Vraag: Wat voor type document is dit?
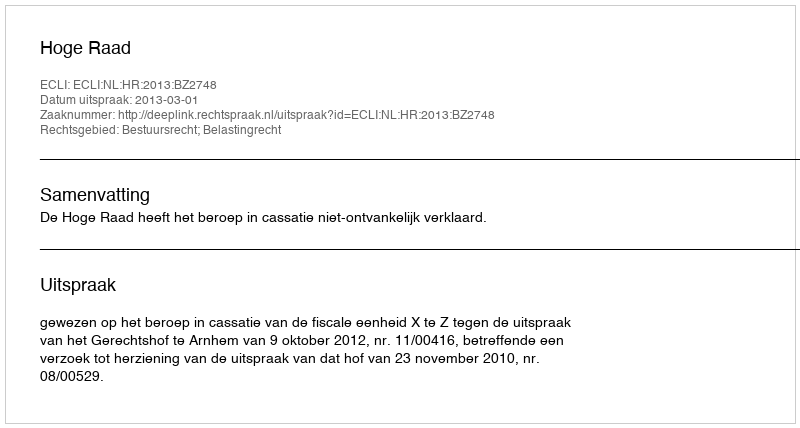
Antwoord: Uitspraak